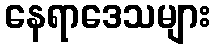
နေရာဒေသများ